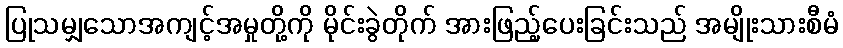
ပြုသမျှသောအကျင့်အမှုတို့ကို မိုင်းခွဲတိုက် အားဖြည့်ပေးခြင်းသည် အမျိုးသားစီမံ